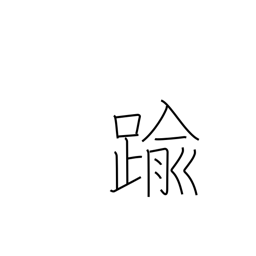
Meaning: go beyond